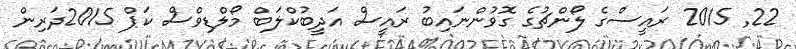
22